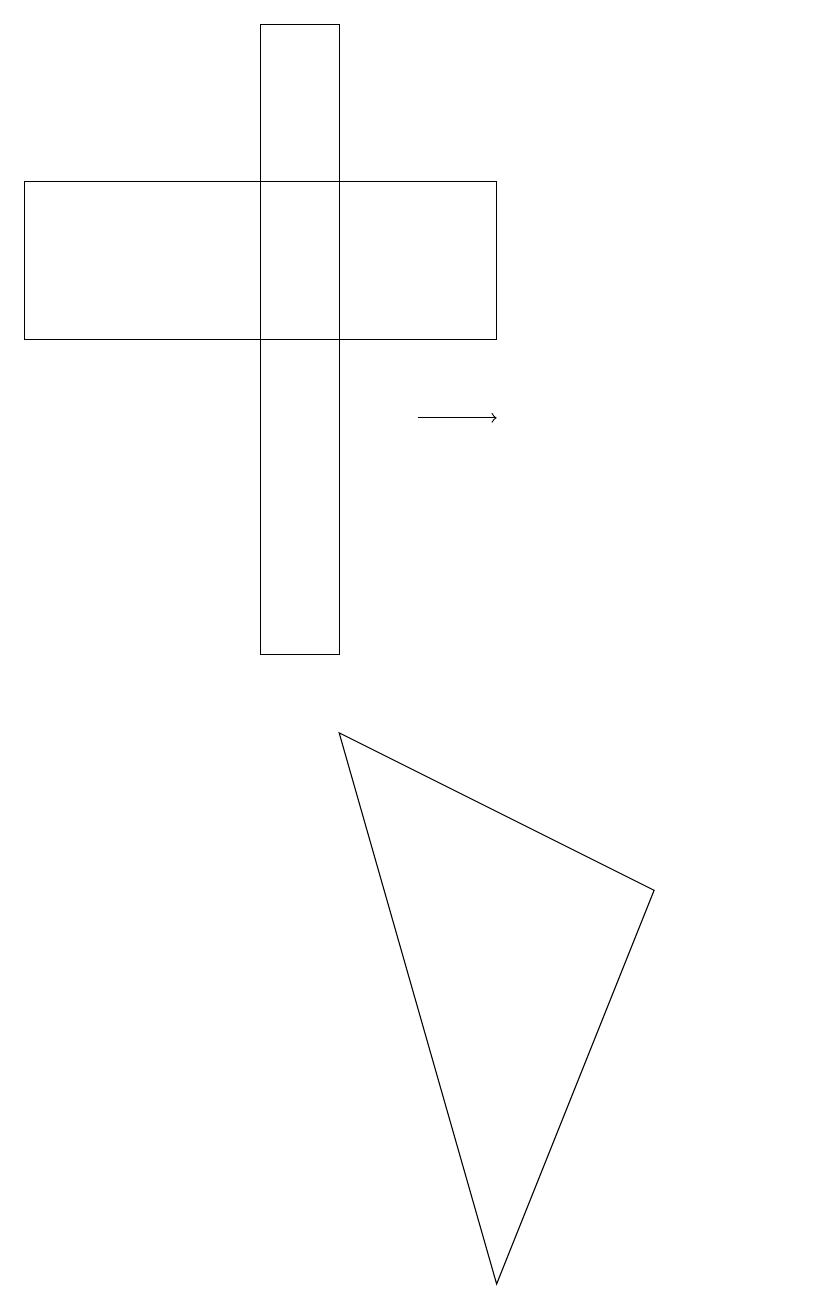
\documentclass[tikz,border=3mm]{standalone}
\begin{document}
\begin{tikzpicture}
\draw (11,11) circle (0);
\draw (5,18) rectangle (4,10);
\draw (9,7) -- (7,2) -- (5,9) -- cycle;
\draw[->] (6,13) -- (7,13);
\draw (7,16) rectangle (1,14);
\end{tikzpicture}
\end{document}